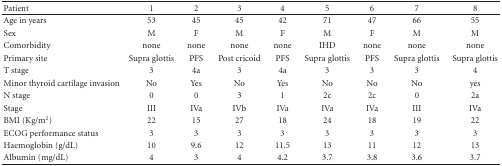
| Patient | 1 | 2 | 3 | 4 | 5 | 6 | 7 | 8 |
 | --- | --- | --- | --- | --- | --- | --- | --- | --- |
 | Age in years | 53 | 45 | 45 | 42 | 71 | 47 | 66 | 55 |
 | Sex | M | F | M | F | M | F | M | M |
 | Comorbidity | none | none | none | none | IHD | none | none | none |
 | Primary site | Supra glottis | PFS | Post cricoid | PFS | Supra glottis | PFS | Supra glottis | Supra glottis |
 | T stage | 3 | 4a | 3 | 4a | 3 | 3 | 3 | 4 |
 | Minor thyroid cartilage invasion | No | Yes | No | Yes | No | No | No | yes |
 | N stage | 0 | 0 | 3 | 1 | 2c | 2c | 0 | 2a |
 | Stage | III | IVa | IVb | IVa | IVa | IVa | III | IVa |
 | BMI (Kg/m2) | 22 | 15 | 27 | 18 | 24 | 18 | 19 | 22 |
 | ECOG performance status | 3 | 3 | 3 | 3 | 3 | 3 | 3 | 3 |
 | Haemoglobin (g/dL) | 10 | 9.6 | 12 | 11.5 | 13 | 11 | 12 | 13 |
 | Albumin (mg/dL) | 4 | 3 | 4 | 4.2 | 3.7 | 3.8 | 3.6 | 3.7 |